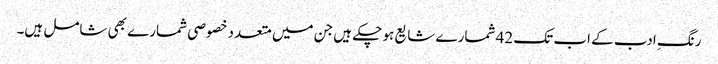
رنگِ ادب کے اب تک 42 شمارے شایع ہو چکے ہیں جن میں متعدد خصوصی شمارے بھی شامل ہیں۔